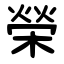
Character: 榮